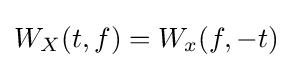
W_{X}(t,f)=W_{x}(f,-t)